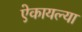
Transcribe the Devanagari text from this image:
ऐकायल्या